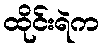
ထိုင်းရဲက